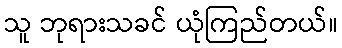
သူ ဘုရားသခင် ယုံကြည်တယ်။